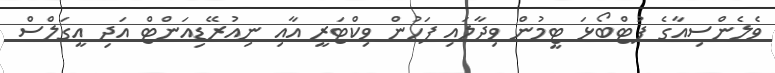
ވެލެންސިއާގެ ފުޓްބޯޅަ ޓީމުން ވިދާލައި ފަހުން ވިކްޓަރީ އާއި ނިއުރޭޑިއަންޓް އަދި އީގަލްސް